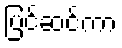
ပြင်ဆင်ကာ